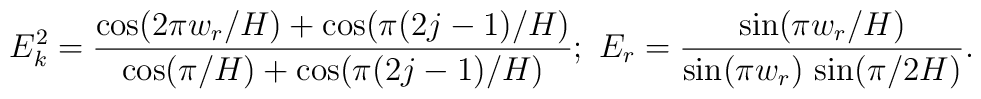
E_{k}^{2}=\frac{\cos (2\pi w_{r}/H)+\cos (\pi (2j-1)/H)}{\cos (\pi /H)+\cos(\pi (2j-1)/H)};~E_{r}=\frac{\sin (\pi w_{r}/H)}{\sin (\pi w_{r})\,\sin (\pi/2H)}.